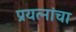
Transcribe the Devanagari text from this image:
प्रयत्‍नांचा